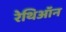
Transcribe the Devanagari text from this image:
रेथिऑन